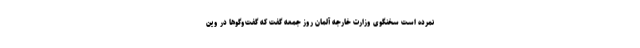
نمرده است سخنگوی وزارت خارجه آلمان روز جمعه گفت که گفت‌وگوها در وین